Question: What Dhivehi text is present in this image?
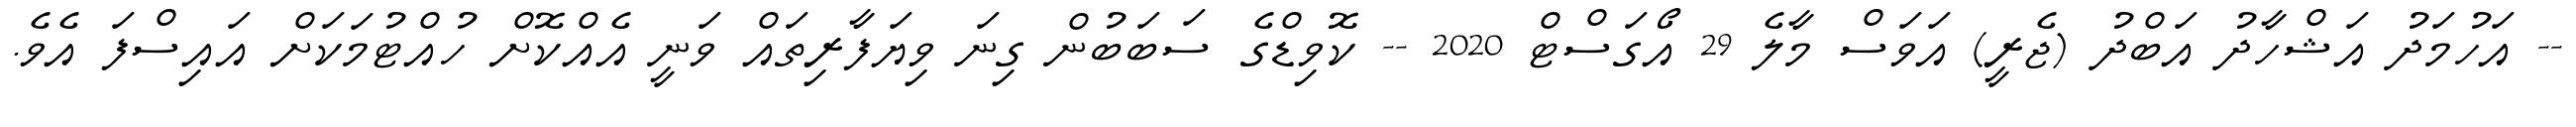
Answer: -- އަހުމަދު އަޝްހާދު އަބްދު (ޖެރީ) އަވަސް މާލެ 29 އޯގަސްޓް 2020 -- ކޮވިޑްގެ ސަބަބުން ގިނަ ވިޔަފާރިތައް ވަނީ އެއްކޮށް ހުއްޓުމަކަށް އައިސްފަ އެވެ.